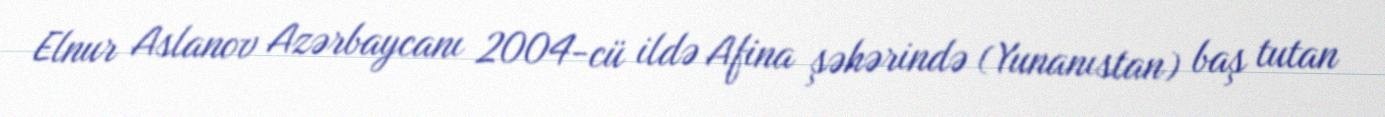
Elnur Aslanov Azərbaycanı 2004-cü ildə Afina şəhərində (Yunanıstan) baş tutan